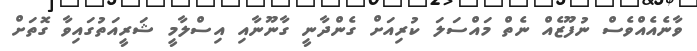
ވާނެއެއްވެސް ނުފޫޒެއް ނެތް މައްސަލަ ކުރިއަށް ގެންދާނީ ގާނޫނާއި އިސްލާމީ ޝަރީއަތުގައިވާ ގޮތަށް